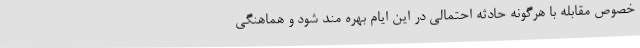
خصوص مقابله با هرگونه حادثه احتمالی در این ایام بهره مند شود و هماهنگی